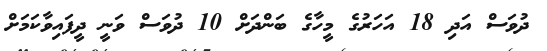
ދުވަސް އަދި 18 އަހަރުގެ މީހާގެ ބަންދަށް 10 ދުވަސް ވަނީ ދީފައިވާކަމަށް